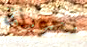
تعويذة